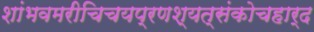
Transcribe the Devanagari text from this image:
शांभवमरीचिचयप्रणश्यत्संकोचहार्द